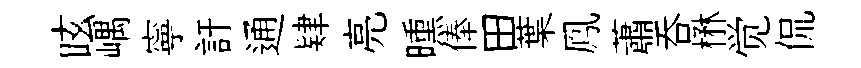
眩嵎寧訏通肄亮曛俸田葉鳯蕭吞楙觉侃